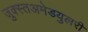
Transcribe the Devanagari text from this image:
जुक्स्तअमेडयुलरी